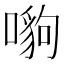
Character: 𠾠